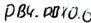
Text: PB4.